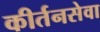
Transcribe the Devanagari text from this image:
कीर्तनसेवा